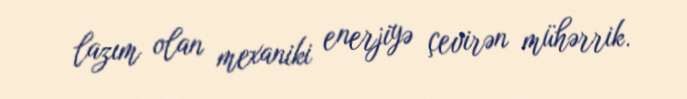
lazım olan mexaniki enerjiyə çevirən mühərrik.